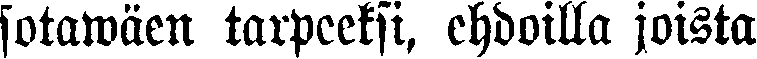
sotawäen tarpeeksi, ehdoilla joista